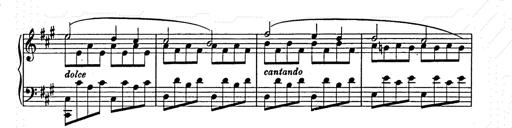
Title: Allegro di bravura
Composer: Carl Maria von Weber
Key: D major